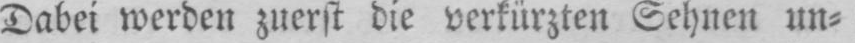
Dabei werden zuerst die verkürzten Sehnen un⸗